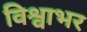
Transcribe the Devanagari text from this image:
विश्वाभर